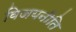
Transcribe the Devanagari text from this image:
विजयनीति